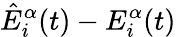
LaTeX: \hat{E}_{i}^{\alpha}(t)-E_{i}^{\alpha}(t)